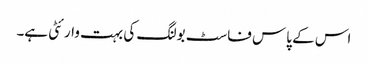
اس کے پاس فاسٹ بولنگ کی بہت وارئٹی ہے۔